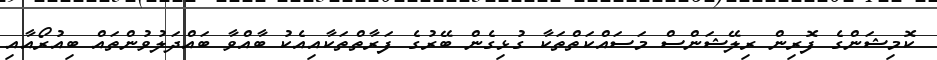
ކޮމިޝަންގެ ފޮރިން ރިލޭޝަންސް މަސައްކަތްތަކާ ގުޅިގެން ބޭރުގެ ފަރާތްތަކާއިއެކު ބާއްވާ ބައްދަލުވުންތައް ބިއުރޯއާއި